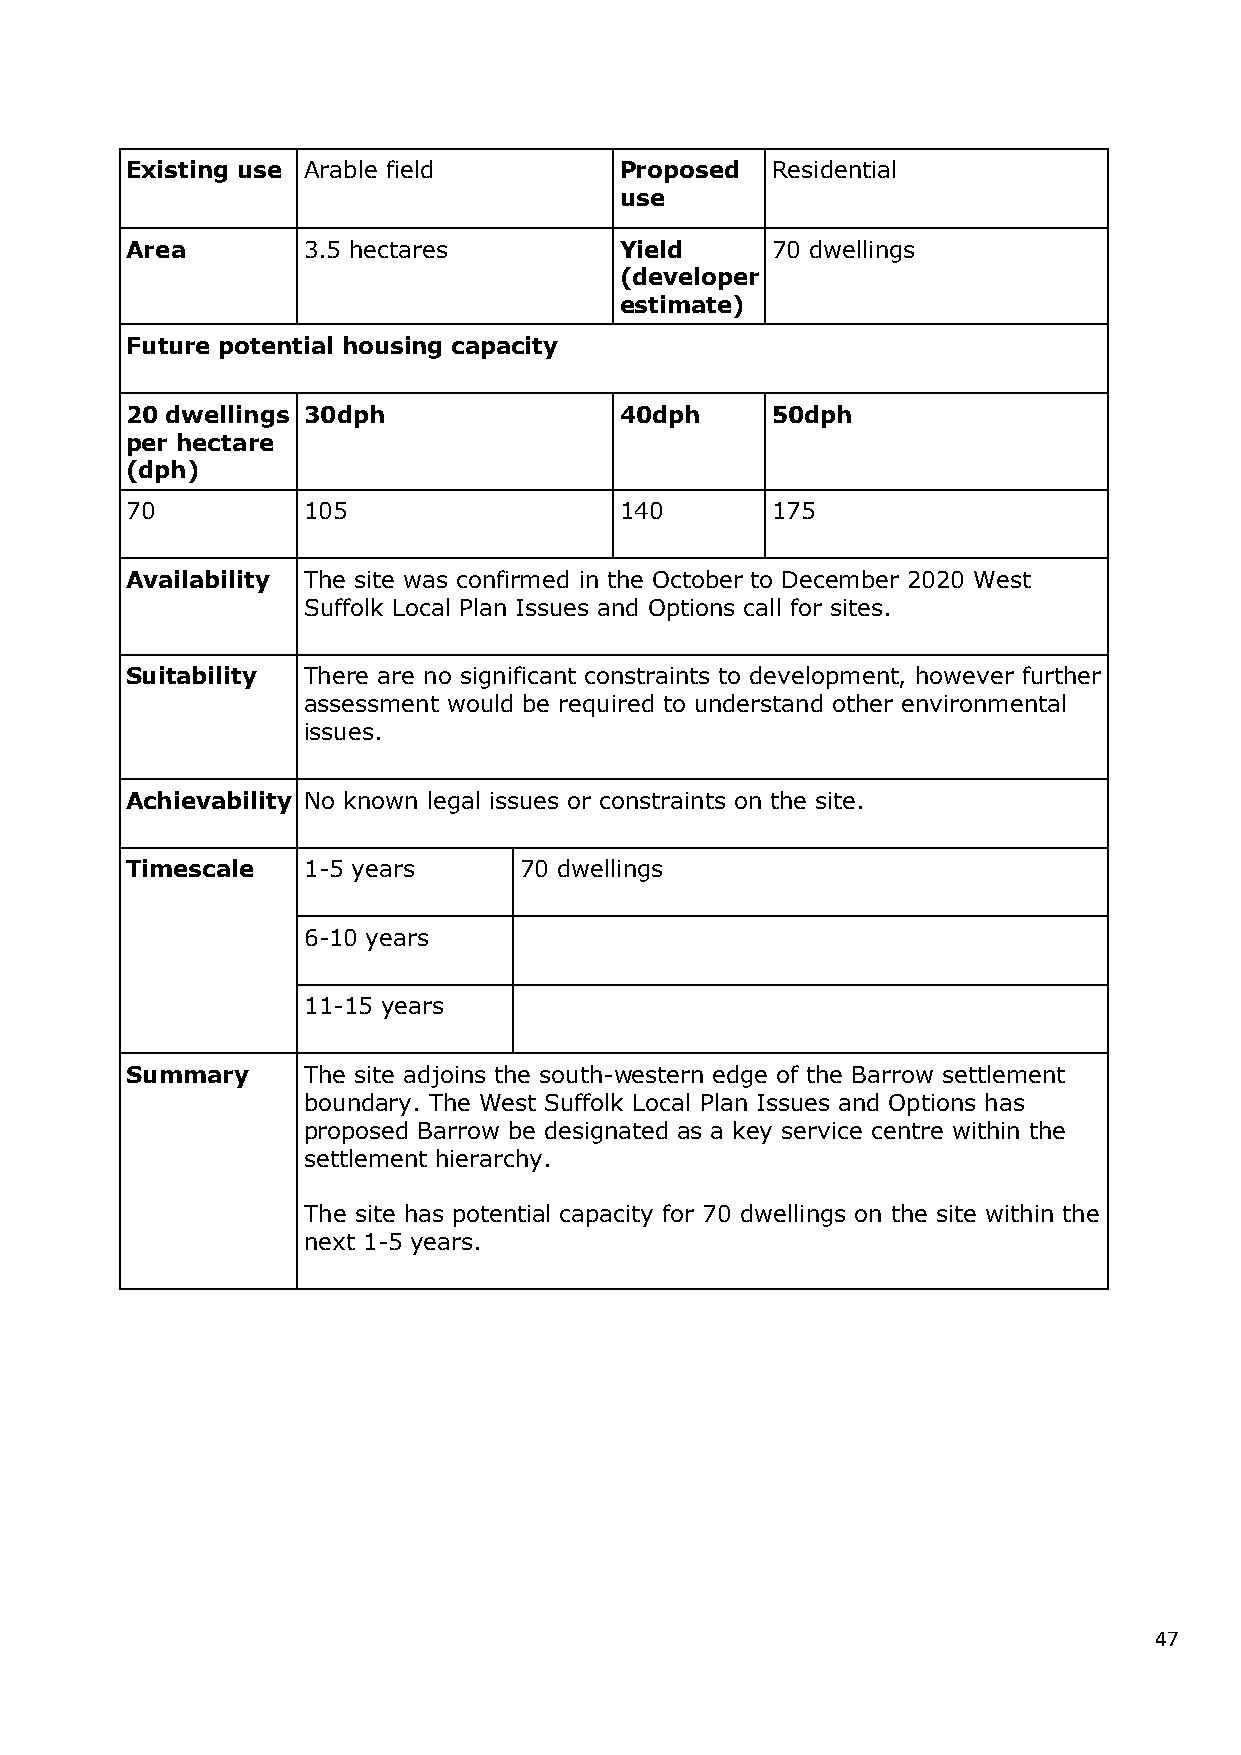
Existing use Arable field        Proposed  Residential
 use
 Area        3.5 hectares         Yield     70 dwellings
 (developer
 estimate)
 Future potential housing capacity
 20 dwellings 30dph               40dph     50dph
 per hectare
 (dph)
 70          105                  140       175
 Availability The site was confirmed in the October to December 2020 West
 Suffolk Local Plan Issues and Options call for sites.
 Suitability There are no significant constraints to development, however further
 assessment would be required to understand other environmental
 issues.
 Achievability No known legal issues or constraints on the site.
 Timescale   1-5 years     70 dwellings
 6-10 years
 11-15 years
 Summary     The site adjoins the south-western edge of the Barrow settlement
 boundary. The West Suffolk Local Plan Issues and Options has
 proposed Barrow be designated as a key service centre within the
 settlement hierarchy.
 The site has potential capacity for 70 dwellings on the site within the
 next 1-5 years.
 47